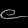
Digit: ၉